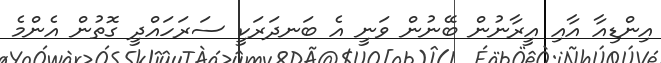
އިންޑިއާ އާއި އީރާނުން ބޭނުން ވަނީ އެ ބަނދަރަކީ ސަރަހައްދީ ގޮތުން އެންމެ